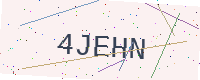
Text: 4JEHN